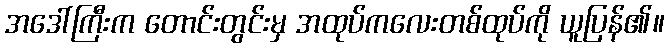
အဒေါ်ကြီးက တောင်းတွင်းမှ အထုပ်ကလေးတစ်ထုပ်ကို ယူပြန်၏။